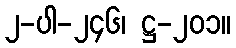
၂-ပါ-၂၄၆၊ ဋ္ဌ-၂၀၁။